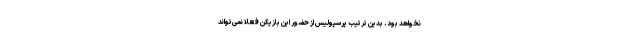
نخواهد بود. بدین ترتیب پرسپولیس از حضور این بازیکن فعلاً نمی‌تواند